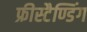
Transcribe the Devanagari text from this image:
फ्रीस्टैण्डिंग